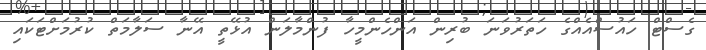
ގެސްޓް ހައުސްއެއްގެ ހަތަރުވަނަ ބުރިން އަންހެންމީހާ ފުންމާލަން އުޅޭތީ އޭނާ ސަލާމަތް ކުރުމަށްޓަކައި